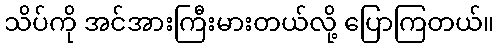
သိပ်ကို အင်အားကြီးမားတယ်လို့ ပြောကြတယ်။